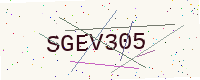
Text: SGEV305